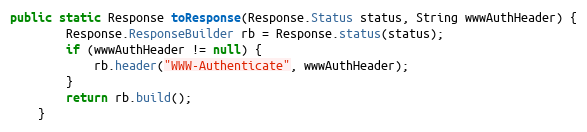
Language: Java
public static Response toResponse(Response.Status status, String wwwAuthHeader) {
        Response.ResponseBuilder rb = Response.status(status);
        if (wwwAuthHeader != null) {
            rb.header("WWW-Authenticate", wwwAuthHeader);
        }
        return rb.build();
    }